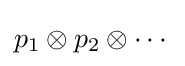
p_{1}\otimes p_{2}\otimes \cdots